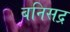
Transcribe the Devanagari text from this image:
बनिसद्र